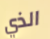
الذي